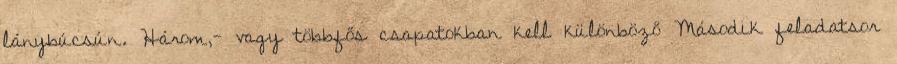
lánybúcsún. Három,- vagy többfős csapatokban kell különböző Második feladatsor